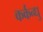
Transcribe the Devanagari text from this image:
कर्कन्धु